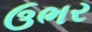
ઉભર